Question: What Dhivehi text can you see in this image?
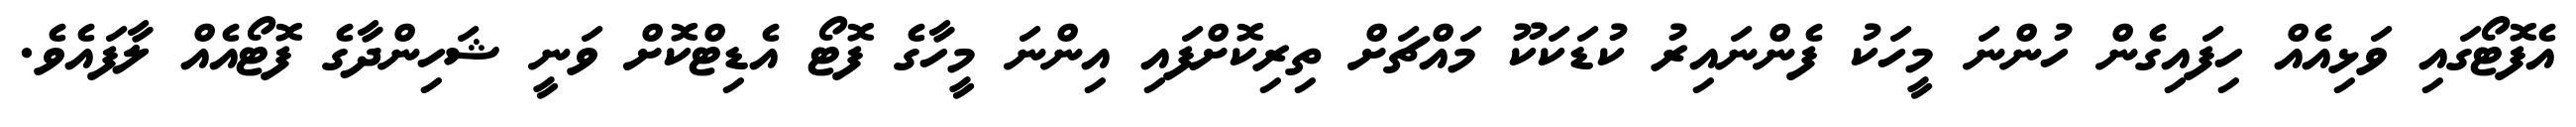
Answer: އެފޮޓޯގައި ވަޅިއެއް ހިފައިގެން ހުންނަ މީހަކު ފެންނައިރު ކުޑަކަކޫ މައްޗަށް ތިރިކޮށްފައި އިންނަ މީހާގެ ފޮޓޯ އެޑިޓްކޮށް ވަނީ ޝަހިންދާގެ ފޮޓޯއެއް ލާފައެވެ.